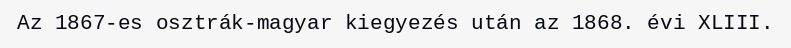
Az 1867-es osztrák-magyar kiegyezés után az 1868. évi XLIII.